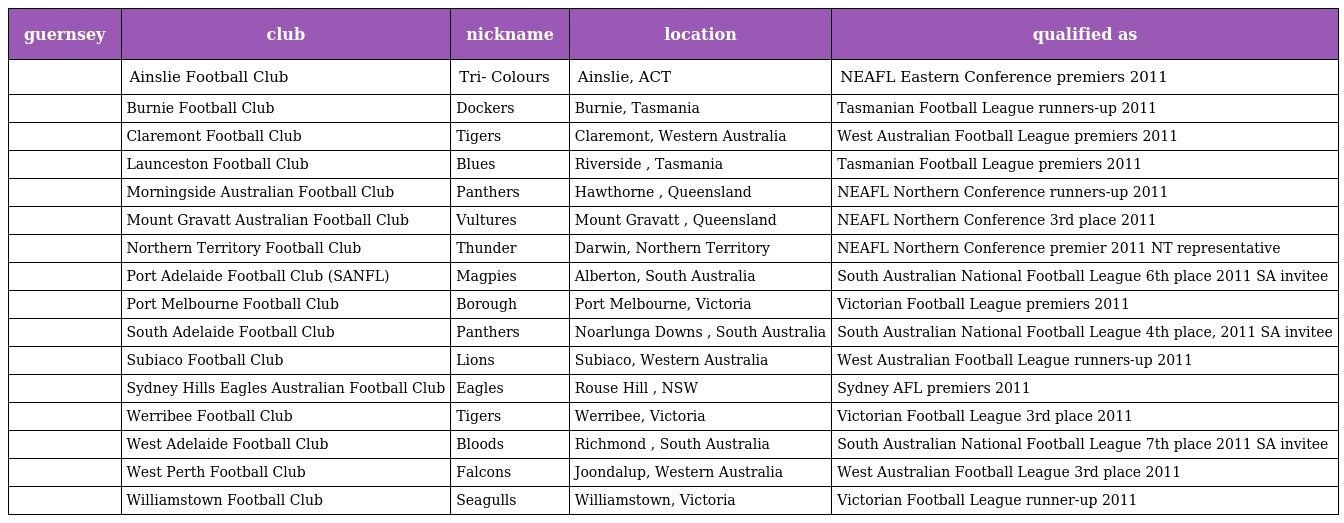
| guernsey | club | nickname | location | qualified as |
 | --- | --- | --- | --- | --- |
 |  | Ainslie Football Club | Tri- Colours | Ainslie, ACT | NEAFL Eastern Conference premiers 2011 |
 |  | Burnie Football Club | Dockers | Burnie, Tasmania | Tasmanian Football League runners-up 2011 |
 |  | Claremont Football Club | Tigers | Claremont, Western Australia | West Australian Football League premiers 2011 |
 |  | Launceston Football Club | Blues | Riverside , Tasmania | Tasmanian Football League premiers 2011 |
 |  | Morningside Australian Football Club | Panthers | Hawthorne , Queensland | NEAFL Northern Conference runners-up 2011 |
 |  | Mount Gravatt Australian Football Club | Vultures | Mount Gravatt , Queensland | NEAFL Northern Conference 3rd place 2011 |
 |  | Northern Territory Football Club | Thunder | Darwin, Northern Territory | NEAFL Northern Conference premier 2011 NT representative |
 |  | Port Adelaide Football Club (SANFL) | Magpies | Alberton, South Australia | South Australian National Football League 6th place 2011 SA invitee |
 |  | Port Melbourne Football Club | Borough | Port Melbourne, Victoria | Victorian Football League premiers 2011 |
 |  | South Adelaide Football Club | Panthers | Noarlunga Downs , South Australia | South Australian National Football League 4th place, 2011 SA invitee |
 |  | Subiaco Football Club | Lions | Subiaco, Western Australia | West Australian Football League runners-up 2011 |
 |  | Sydney Hills Eagles Australian Football Club | Eagles | Rouse Hill , NSW | Sydney AFL premiers 2011 |
 |  | Werribee Football Club | Tigers | Werribee, Victoria | Victorian Football League 3rd place 2011 |
 |  | West Adelaide Football Club | Bloods | Richmond , South Australia | South Australian National Football League 7th place 2011 SA invitee |
 |  | West Perth Football Club | Falcons | Joondalup, Western Australia | West Australian Football League 3rd place 2011 |
 |  | Williamstown Football Club | Seagulls | Williamstown, Victoria | Victorian Football League runner-up 2011 |